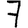
Digit: 7